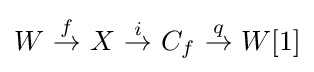
W{\stackrel {f}{\ \to \ }}X{\stackrel {i}{\ \to \ }}C_{f}{\stackrel {q}{\ \to \ }}W[1]